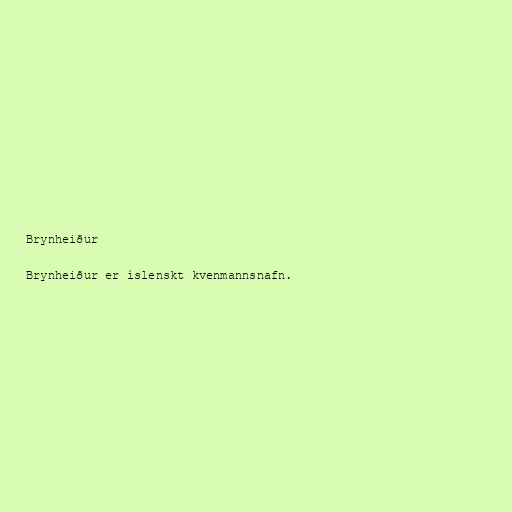
Brynheiður

Brynheiður er íslenskt kvenmannsnafn.